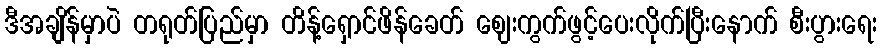
ဒီအချိန်မှာပဲ တရုတ်ပြည်မှာ တိန့်ရှောင်ဖိန်ခေတ် ဈေးကွက်ဖွင့်ပေးလိုက်ပြီးနောက် စီးပွားရေး